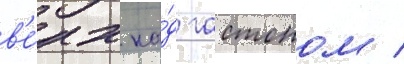
в'е́рх на́д гастоном /